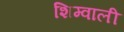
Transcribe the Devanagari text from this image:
शिम्वाली